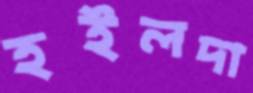
হইলদা